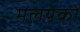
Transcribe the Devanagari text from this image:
मलयको